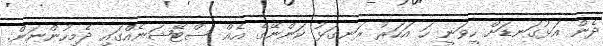
ދެން އަޅުގަނޑަށް ހީވަނީ ހަ އަަހަރު ރަނގަޅު ކަންނޭގެ އެއް ސްޓޭޝަނެއްގައި ދެމިހުންނަން.